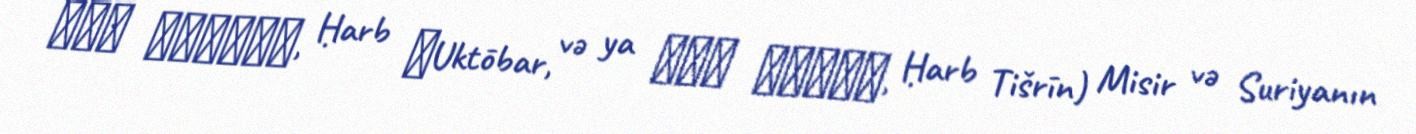
حرب أكتوبر, Ḥarb ʾUktōbar, və ya حرب تشرين, Ḥarb Tišrīn) Misir və Suriyanın